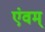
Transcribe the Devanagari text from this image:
एंवम्